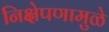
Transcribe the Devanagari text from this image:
निक्षेपणामुळे